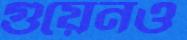
গুয়েনও